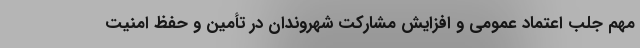
مهم جلب اعتماد عمومی و افزایش مشارکت شهروندان در تأمین و حفظ امنیت